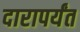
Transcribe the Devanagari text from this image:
दारापर्यंत